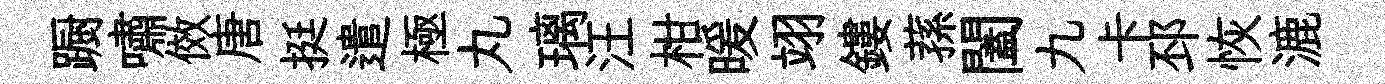
蹰嘯傚唐挺遣極丸璃汪柑暖翊鏤蓀闔九卡邳恢漉